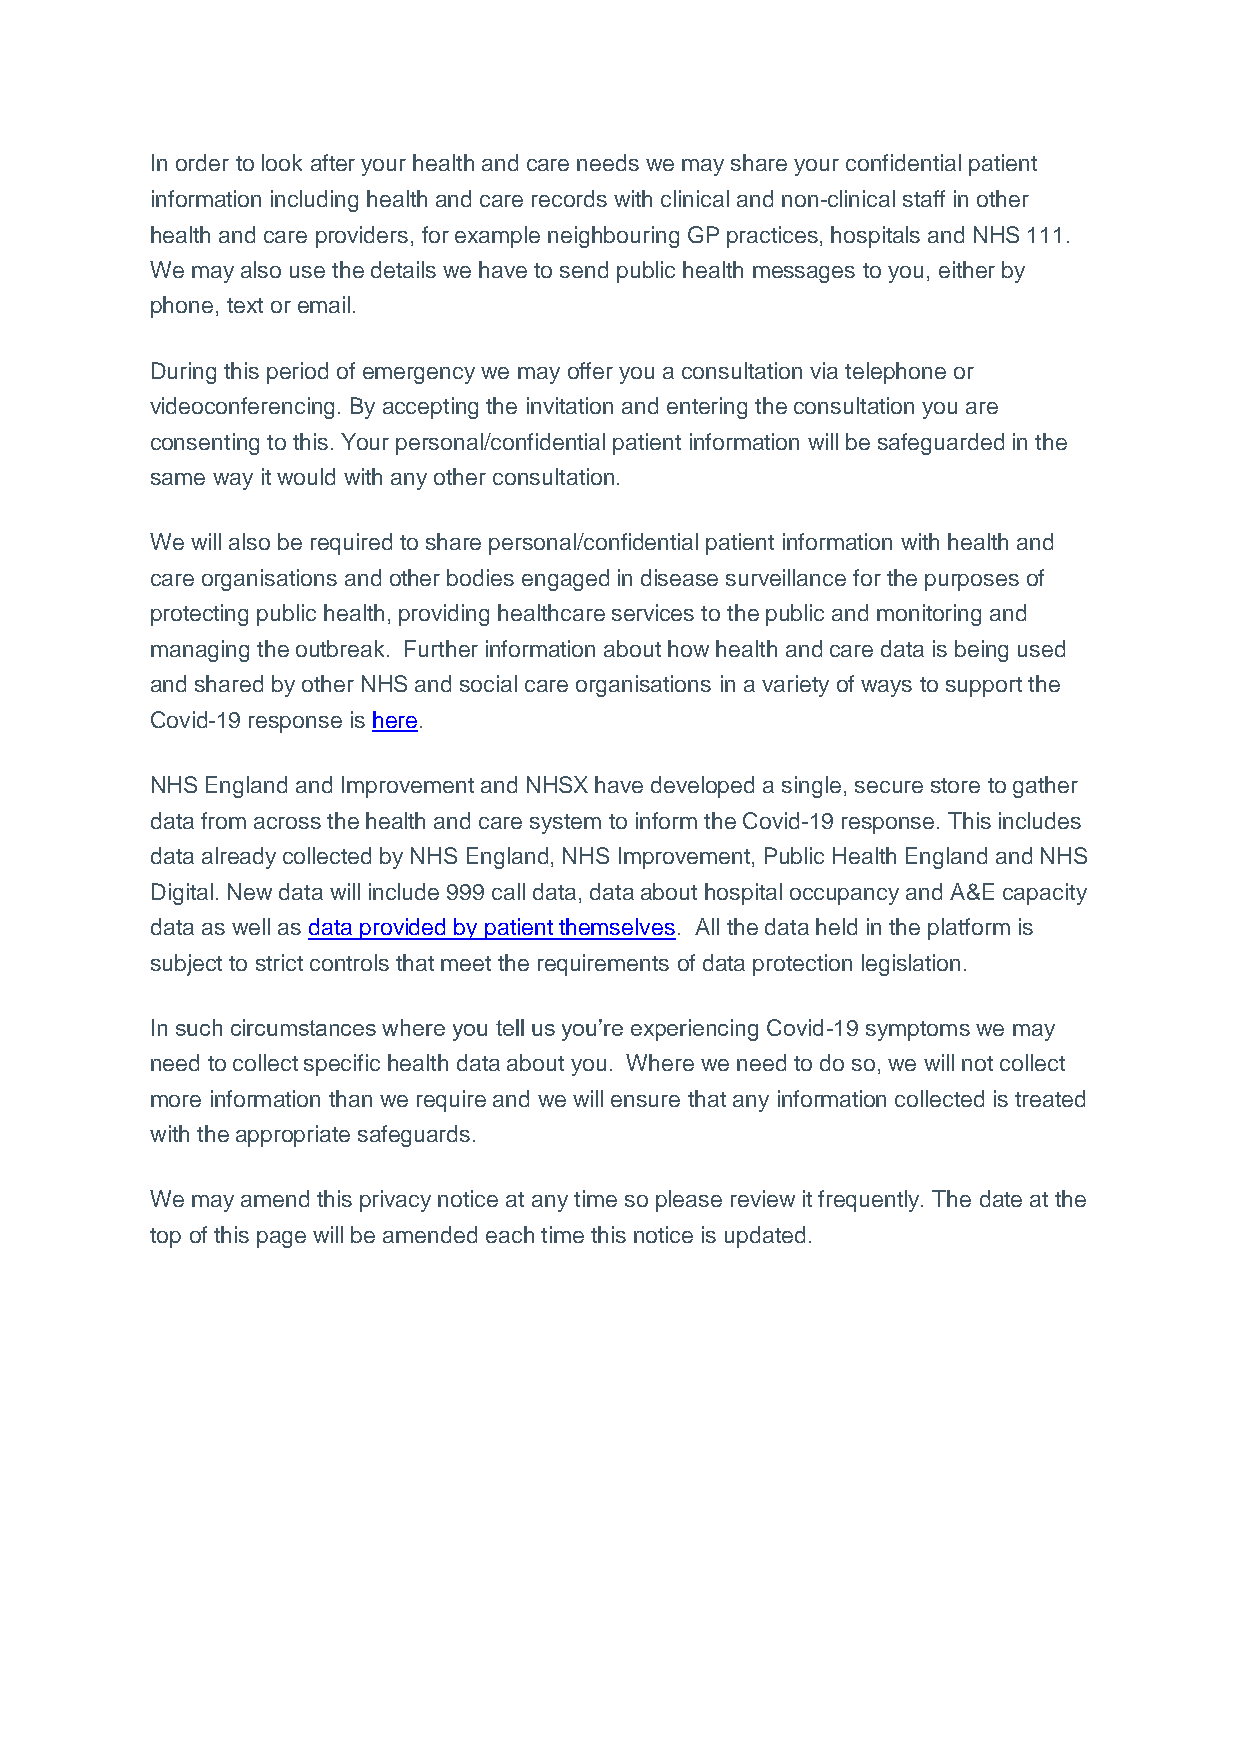
In order to look after your health and care needs we may share your confidential patient
 information including health and care records with clinical and non-clinical staff in other
 health and care providers, for example neighbouring GP practices, hospitals and NHS 111.
 We may also use the details we have to send public health messages to you, either by
 phone, text or email.
 During this period of emergency we may offer you a consultation via telephone or
 videoconferencing. By accepting the invitation and entering the consultation you are
 consenting to this. Your personal/confidential patient information will be safeguarded in the
 same way it would with any other consultation.
 We will also be required to share personal/confidential patient information with health and
 care organisations and other bodies engaged in disease surveillance for the purposes of
 protecting public health, providing healthcare services to the public and monitoring and
 managing the outbreak. Further information about how health and care data is being used
 and shared by other NHS and social care organisations in a variety of ways to support the
 Covid-19 response is here.
 NHS England and Improvement and NHSX have developed a single, secure store to gather
 data from across the health and care system to inform the Covid-19 response. This includes
 data already collected by NHS England, NHS Improvement, Public Health England and NHS
 Digital. New data will include 999 call data, data about hospital occupancy and A&E capacity
 data as well as data provided by patient themselves. All the data held in the platform is
 subject to strict controls that meet the requirements of data protection legislation.
 In such circumstances where you tell us you’re experiencing Covid-19 symptoms we may
 need to collect specific health data about you. Where we need to do so, we will not collect
 more information than we require and we will ensure that any information collected is treated
 with the appropriate safeguards.
 We may amend this privacy notice at any time so please review it frequently. The date at the
 top of this page will be amended each time this notice is updated.